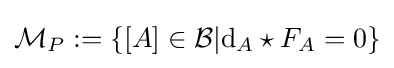
{\mathcal {M}}_{P}:=\{[A]\in {\mathcal {B}}|\mathrm {d} _{A}\star F_{A}=0\}